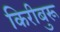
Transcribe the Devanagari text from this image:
किरीबुरू